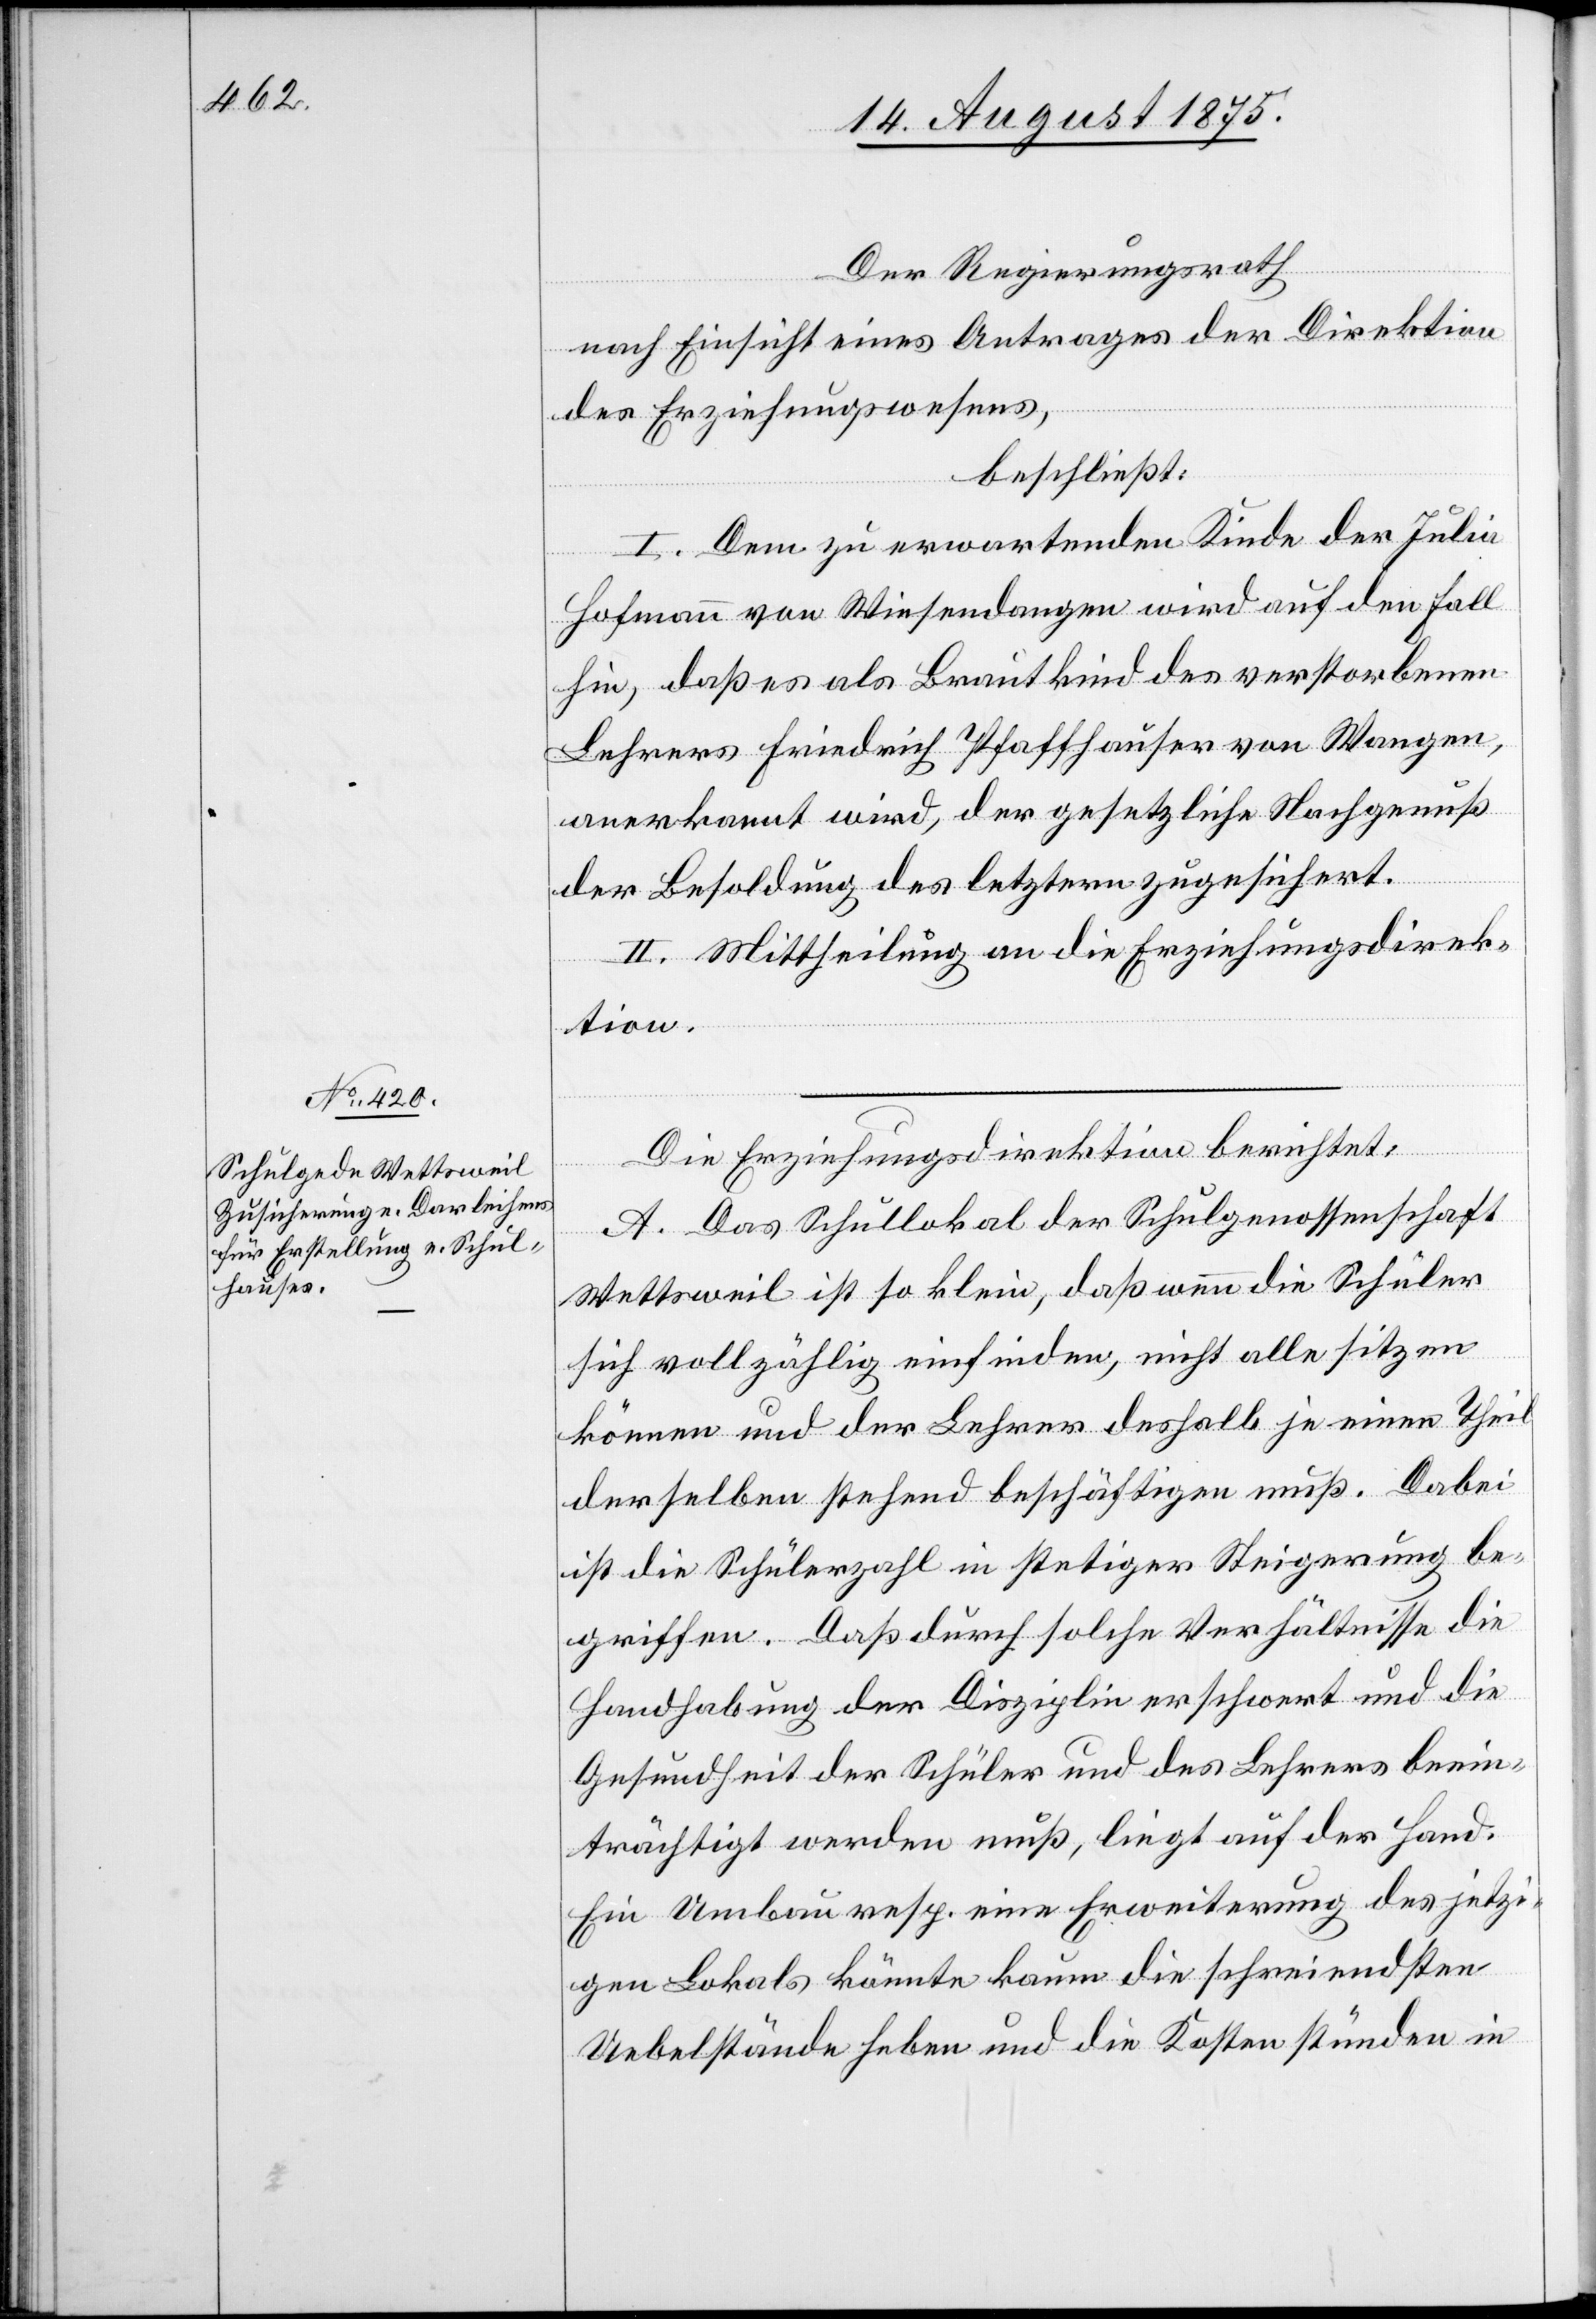
Der Regierungsrath,
nach Einsicht eines Antrages der Direktion
des Erziehungswesens,
beschließt:
I. Dem zu erwartenden Kinde der Julia
Hofmann von Wiesendangen wird auf den Fall
hin, daß es als Brautkind des verstorbenen
Lehrers Friedrich Pfaffhauser von Wangen
anerkannt wird, der gesetzliche Nachgenuß
der Besoldung des letztern zugesichert.
II. Mittheilung an die Erziehungsdirek¬
tion.
Die Erziehungsdirektion berichtet:
A. Das Schullokal der Schulgenossenschaft
Wettsweil ist so klein, daß wenn die Schüler
sich vollzählig einfinden, nicht alle sitzen
können und der Lehrer deshalb je einen Theil
derselben stehend beschäftigen muß. Dabei
ist die Schülerzahl in stetiger Steigerung be¬
griffen. Daß durch solche Verhältnisse die
Handhabung der Disziplin erschwert und die
Gesundheit der Schüler und des Lehrers beein¬
trächtigt werden muß, liegt auf der Hand.
Ein Umbau resp. eine Erweiterung des jetzi¬
gen Lokals könnte kaum die schreiendsten
Uebelstände heben und die Kosten stünden in